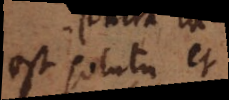
est solutu et